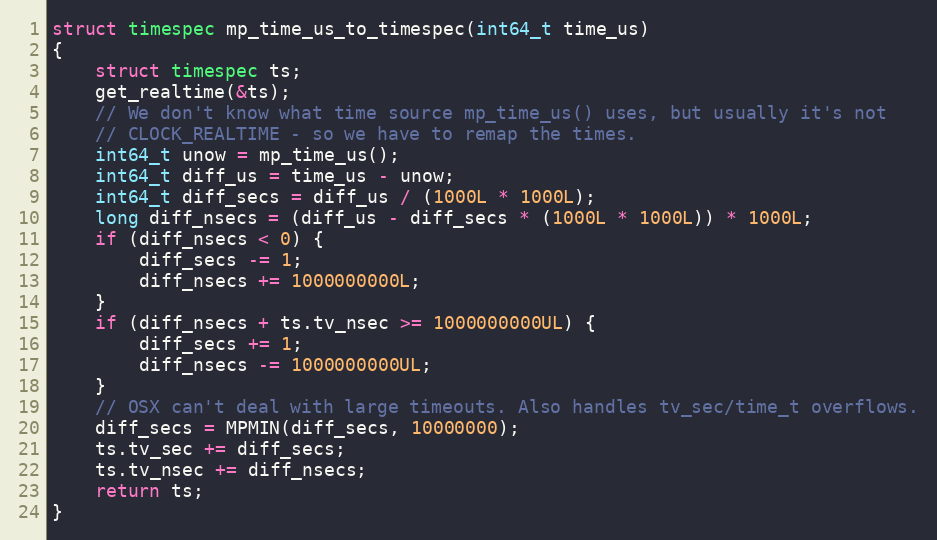
Language: C
struct timespec mp_time_us_to_timespec(int64_t time_us)
{
    struct timespec ts;
    get_realtime(&ts);
    // We don't know what time source mp_time_us() uses, but usually it's not
    // CLOCK_REALTIME - so we have to remap the times.
    int64_t unow = mp_time_us();
    int64_t diff_us = time_us - unow;
    int64_t diff_secs = diff_us / (1000L * 1000L);
    long diff_nsecs = (diff_us - diff_secs * (1000L * 1000L)) * 1000L;
    if (diff_nsecs < 0) {
        diff_secs -= 1;
        diff_nsecs += 1000000000L;
    }
    if (diff_nsecs + ts.tv_nsec >= 1000000000UL) {
        diff_secs += 1;
        diff_nsecs -= 1000000000UL;
    }
    // OSX can't deal with large timeouts. Also handles tv_sec/time_t overflows.
    diff_secs = MPMIN(diff_secs, 10000000);
    ts.tv_sec += diff_secs;
    ts.tv_nsec += diff_nsecs;
    return ts;
}